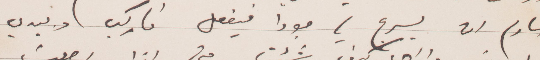
الخادم أن يسرح لي جودًا فيفعل فاركب وبيدي